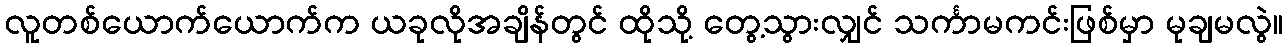
လူတစ်ယောက်ယောက်က ယခုလိုအချိန်တွင် ထိုသို့ တွေ့သွားလျှင် သင်္ကာမကင်းဖြစ်မှာ မုချမလွဲ။